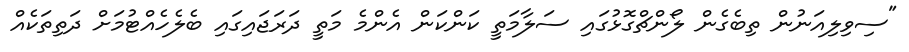
"ސިވިލިއަނުން ތިބެގެން ލޯންޗްގޮޅުގައި ސަލާމަތީ ކަންކަން އެންމެ މަތީ ދަރަޖައިގައި ބެލެހެއްޓުމަށް ދަތިތަކެއް